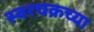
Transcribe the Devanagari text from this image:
स्वरचक्रच्या